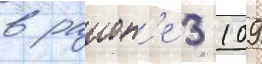
в раион'е 3 109